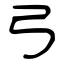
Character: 弓